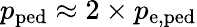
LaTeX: p_{\mathrm{ped}}\approx 2\times p_{\mathrm{e,ped}}